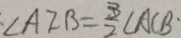
\angle A F B = \frac { 3 } { 2 } C A C B